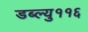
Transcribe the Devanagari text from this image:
डब्ल्यु११६